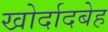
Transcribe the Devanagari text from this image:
खोर्दादबेह